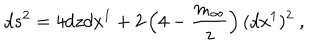
d s ^ { 2 } = 4 d z d x ^ { 1 } + 2 \left( 4 - \frac { m _ { \infty } } { z } \right) ( d x ^ { 1 } ) ^ { 2 } \ ,